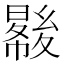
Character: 𡕺